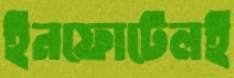
ইনফোটেলই